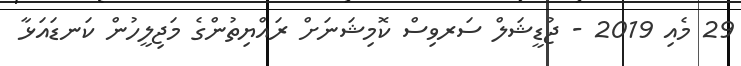
29 މެއި 2019 - ޖުޑީޝަލް ސަރވިސް ކޮމިޝަނަށް ރައްޔިތުންގެ މަޖިލީހުން ކަނޑައަޅާ